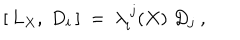
[ \, L _ { X } , \; D _ { i } \, ] \ = \ \lambda _ { i } ^ { \ j } ( X ) \; D _ { j } \ ,